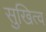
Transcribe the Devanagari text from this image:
सुखित्व